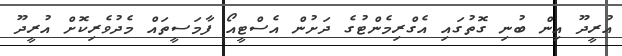
އުރީދޫ އިން ބުނި ގޮތުގައި އެގްރިމެންޓުގެ ދަށުން އެސްޓީއޯ ފާމަސީތައް މެދުވެރިކޮށް އުރީދޫ